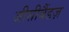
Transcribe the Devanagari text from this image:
जीसीबैंडज़